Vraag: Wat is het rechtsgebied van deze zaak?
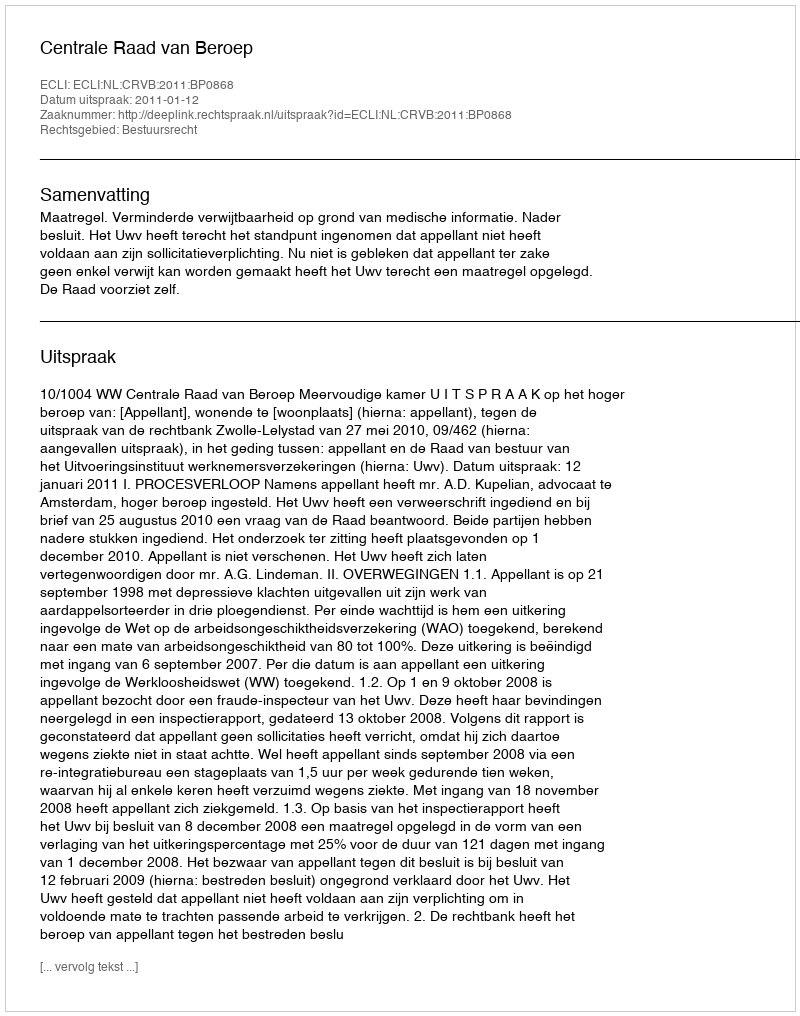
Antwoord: Bestuursrecht